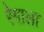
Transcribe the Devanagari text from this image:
रेगाला